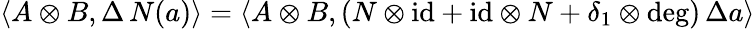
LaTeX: \langle A\otimes B,\Delta\, N(a)\rangle=\langle A\otimes B,(N\otimes\mathrm{id}+\mathrm{id}\otimes N+\delta_{1}\otimes\deg)\, \Delta a\rangle